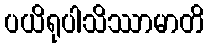
ပယိရုပါသိဿာမာတိ